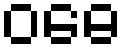
ဝဓေ